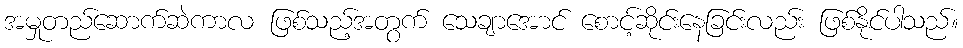
အမှုတည်ဆောက်ဆဲကာလ ဖြစ်သည့်အတွက် သေချာအောင် စောင့်ဆိုင်းနေခြင်းလည်း ဖြစ်နိုင်ပါသည်။